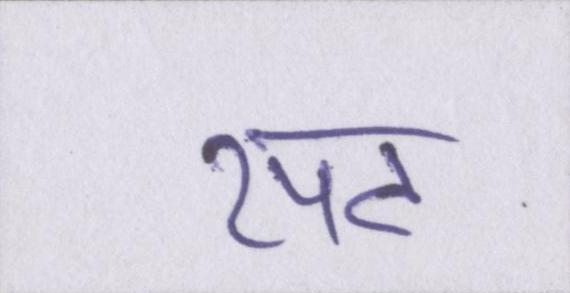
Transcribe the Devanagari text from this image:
रपट